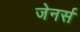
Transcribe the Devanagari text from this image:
जेनर्स